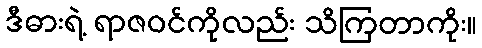
ဒီဓားရဲ့ ရာဇဝင်ကိုလည်း သိကြတာကိုး။